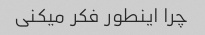
چرا اینطور فکر میکنی